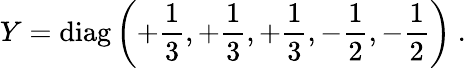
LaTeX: Y=\mathrm{diag}\left(+{\frac{1}{3}},+{\frac{1}{3}},+{\frac{1}{3}},-{\frac{1}{2}},-{\frac{1}{2}}\right)\ .